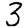
Digit: 3